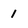
Character: 1